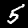
Label: 5